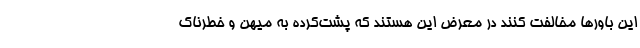
این باورها مخالفت کنند در معرض این هستند که پشت‌کرده به میهن و خطرناک